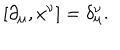
[ \partial _ { \mu } , x ^ { \nu } ] = \delta _ { \mu } ^ { \nu } .